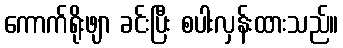
ကောက်ရိုးဖျာ ခင်းပြီး စပါးလှန်းထားသည်။